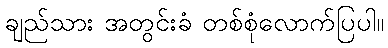
ချည်သား အတွင်းခံ တစ်စုံလောက်ပြပါ။